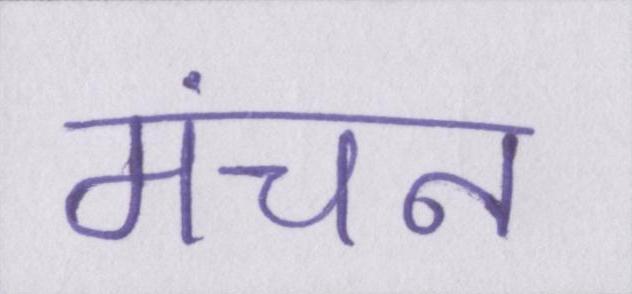
मंचन